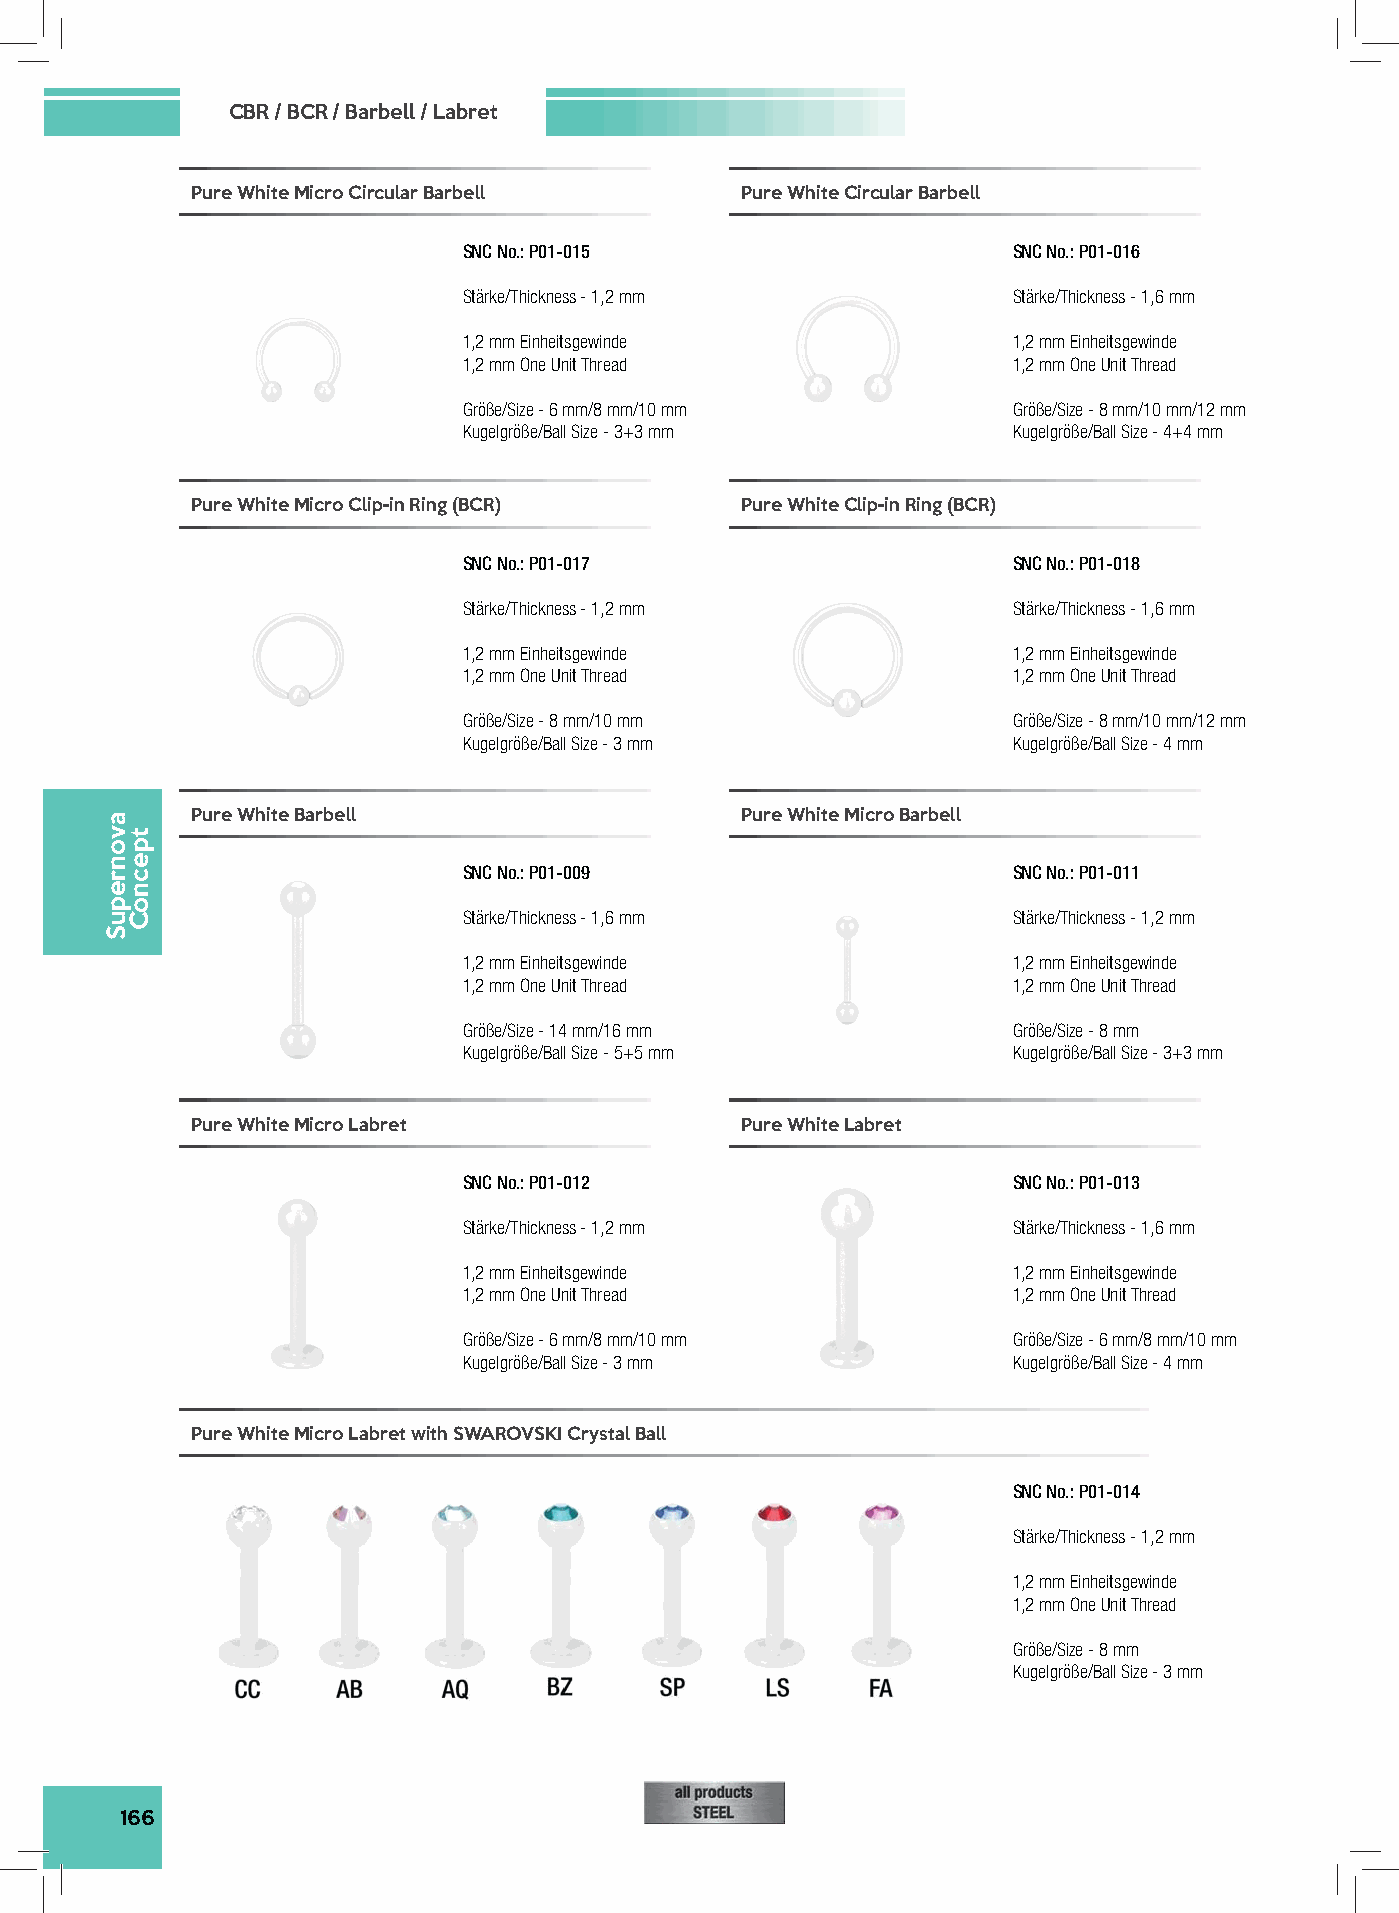
CBR / BCR / Barbell / Labret
 Pure White Micro Circular Barbell   Pure White Circular Barbell
 SNC No.: P01-015                    SNC No.: P01-016
 Stärke/Thickness - 1,2 mm           Stärke/Thickness - 1,6 mm
 1,2 mm Einheitsgewinde              1,2 mm Einheitsgewinde
 1,2 mm One Unit Thread              1,2 mm One Unit Thread
 Größe/Size - 6 mm/8 mm/10 mm        Größe/Size - 8 mm/10 mm/12 mm
 Kugelgröße/Ball Size - 3+3 mm       Kugelgröße/Ball Size - 4+4 mm
 Pure White Micro Clip-in Ring (BCR) Pure White Clip-in Ring (BCR)
 SNC No.: P01-017                    SNC No.: P01-018
 Stärke/Thickness - 1,2 mm           Stärke/Thickness - 1,6 mm
 1,2 mm Einheitsgewinde              1,2 mm Einheitsgewinde
 1,2 mm One Unit Thread              1,2 mm One Unit Thread
 Größe/Size - 8 mm/10 mm             Größe/Size - 8 mm/10 mm/12 mm
 Kugelgröße/Ball Size - 3 mm         Kugelgröße/Ball Size - 4 mm
 Pure White Barbell                  Pure White Micro Barbell
 SNC No.: P01-009                    SNC No.: P01-011
 Stärke/Thickness - 1,6 mm           Stärke/Thickness - 1,2 mm
 1,2 mm Einheitsgewinde              1,2 mm Einheitsgewinde
 1,2 mm One Unit Thread              1,2 mm One Unit Thread
 Größe/Size - 14 mm/16 mm            Größe/Size - 8 mm
 Kugelgröße/Ball Size - 5+5 mm       Kugelgröße/Ball Size - 3+3 mm
 Pure White Micro Labret             Pure White Labret
 SNC No.: P01-012                    SNC No.: P01-013
 Stärke/Thickness - 1,2 mm           Stärke/Thickness - 1,6 mm
 1,2 mm Einheitsgewinde              1,2 mm Einheitsgewinde
 1,2 mm One Unit Thread              1,2 mm One Unit Thread
 Größe/Size - 6 mm/8 mm/10 mm        Größe/Size - 6 mm/8 mm/10 mm
 Kugelgröße/Ball Size - 3 mm         Kugelgröße/Ball Size - 4 mm
 Pure White Micro Labret with SWAROVSKI Crystal Ball
 SNC No.: P01-014
 Stärke/Thickness - 1,2 mm
 1,2 mm Einheitsgewinde
 1,2 mm One Unit Thread
 Größe/Size - 8 mm
 Kugelgröße/Ball Size - 3 mm
 166
 avonrepuS
 tpecnoC